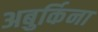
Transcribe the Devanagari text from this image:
अबुर्किना